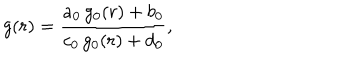
LaTeX: g ( r ) = { \frac { a _ { 0 } \, g _ { 0 } ( r ) + b _ { 0 } } { c _ { 0 } \, g _ { 0 } ( r ) + d _ { 0 } } } ,